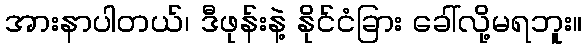
အားနာပါတယ်၊ ဒီဖုန်းနဲ့ နိုင်ငံခြား ခေါ်လို့မရဘူး။